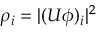
\rho _ { i } = | ( U \phi ) _ { i } | ^ { 2 }